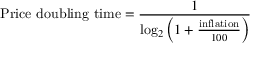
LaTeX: { \mathrm { P r i c e ~ d o u b l i n g ~ t i m e } } = { \frac { 1 } { \log _ { 2 } \left( 1 + { \frac { \mathrm { i n f l a t i o n } } { 1 0 0 } } \right) } }